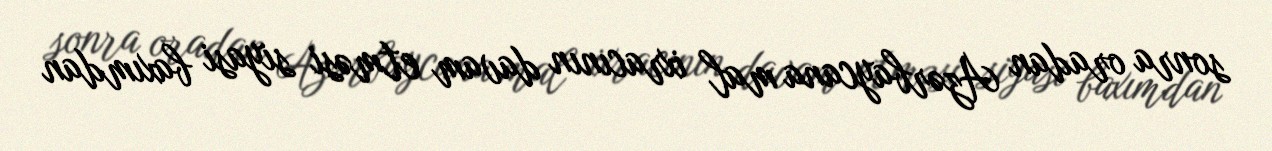
sonra oradan Azərbaycana mal ixracının davam etməsi siyasi baxımdan